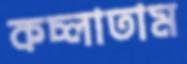
কচ্‌লাতাম